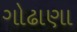
ગોઢાણા